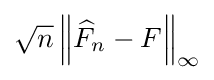
{\textstyle {\sqrt {n}}\left\|{\widehat {F}}_{n}-F\right\|_{\infty }}